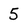
Character: 5